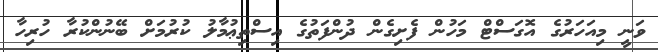
ވަނީ މިއަހަރުގެ އޮގަސްޓް މަހުން ފެށިގެން ދުންފަތުގެ އިސްތިޢުމާލު ކުރުމަށް ބޭނުންކުރާ ހުރިހާ